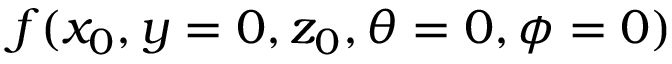
f ( x _ { 0 } , y = 0 , z _ { 0 } , \theta = 0 , \phi = 0 )